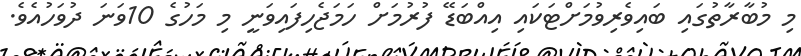
މި މުބާރާތުގައި ބައިވެރިވުމަށްޓަކައި އިއްބަޑޭ ފުރުމަށް ހަމަޖެހިފައިވަނީ މި މަހުގެ 10ވަނަ ދުވަހުއެވެ.